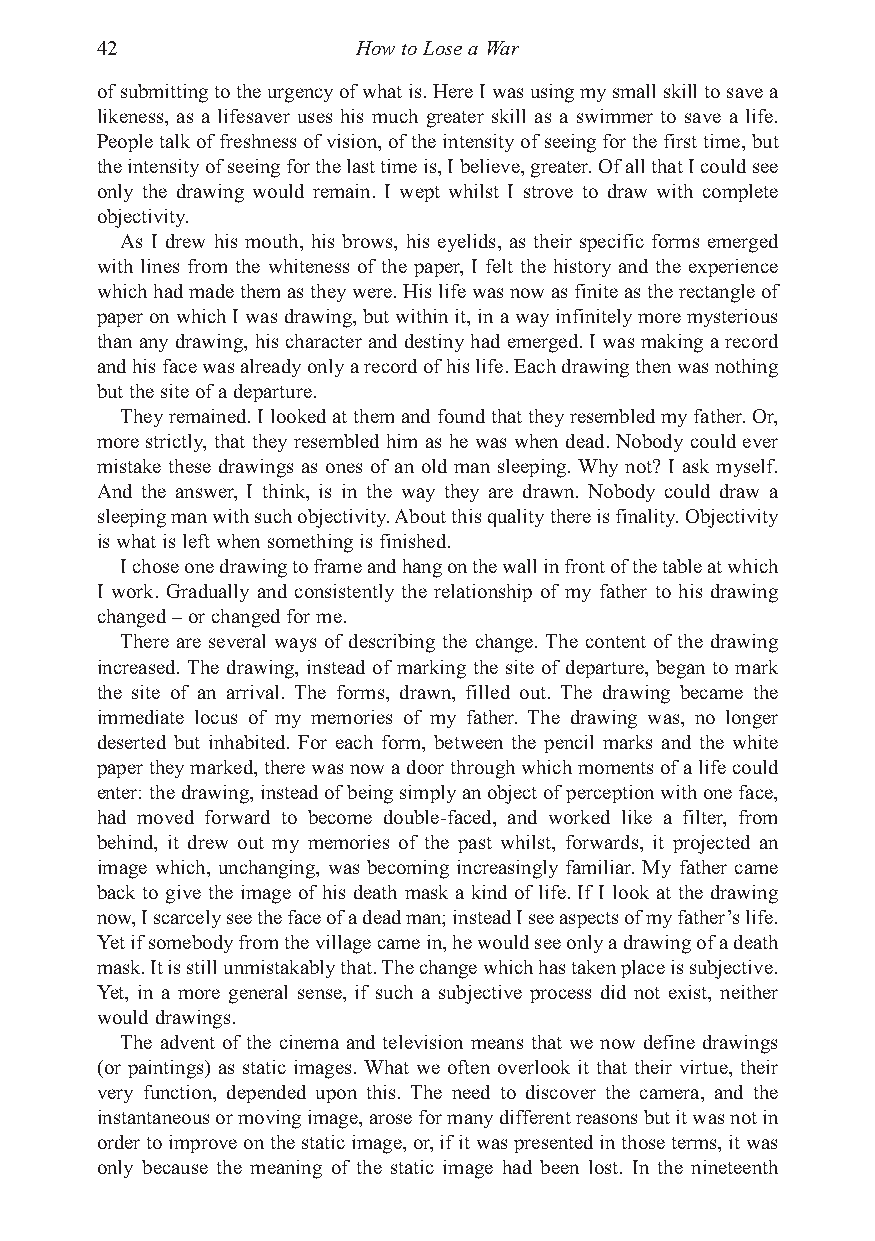
Berger 11/22/04 1:13 AM Page 42
 42                How to Lose a War
 of submitting to the urgency of what is. Here I was using my small skill to save a
 likeness, as a lifesaver uses his much greater skill as a swimmer to save a life.
 People talk of freshness of vision, of the intensity of seeing for the first time, but
 the intensity of seeing for the last time is, I believe, greater. Of all that I could see
 only the drawing would remain. I wept whilst I strove to draw with complete
 objectivity.
 As I drew his mouth, his brows, his eyelids, as their specific forms emerged
 with lines from the whiteness of the paper, I felt the history and the experience
 which had made them as they were. His life was now as finite as the rectangle of
 paper on which I was drawing, but within it, in a way infinitely more mysterious
 than any drawing, his character and destiny had emerged. I was making a record
 and his face was already only a record of his life. Each drawing then was nothing
 but the site of a departure.
 They remained. I looked at them and found that they resembled my father. Or,
 more strictly, that they resembled him as he was when dead. Nobody could ever
 mistake these drawings as ones of an old man sleeping. Why not? I ask myself.
 And the answer, I think, is in the way they are drawn. Nobody could draw a
 sleeping man with such objectivity. About this quality there is finality. Objectivity
 is what is left when something is finished.
 I chose one drawing to frame and hang on the wall in front of the table at which
 I work. Gradually and consistently the relationship of my father to his drawing
 changed – or changed for me.
 There are several ways of describing the change. The content of the drawing
 increased. The drawing, instead of marking the site of departure, began to mark
 the site of an arrival. The forms, drawn, filled out. The drawing became the
 immediate locus of my memories of my father. The drawing was, no longer
 deserted but inhabited. For each form, between the pencil marks and the white
 paper they marked, there was now a door through which moments of a life could
 enter: the drawing, instead of being simply an object of perception with one face,
 had moved forward to become double-faced, and worked like a filter, from
 behind, it drew out my memories of the past whilst, forwards, it projected an
 image which, unchanging, was becoming increasingly familiar. My father came
 back to give the image of his death mask a kind of life. If I look at the drawing
 now, I scarcely see the face of a dead man; instead I see aspects of my father’s life.
 Yet if somebody from the village came in, he would see only a drawing of a death
 mask. It is still unmistakably that. The change which has taken place is subjective.
 Yet, in a more general sense, if such a subjective process did not exist, neither
 would drawings.
 The advent of the cinema and television means that we now define drawings
 (or paintings) as static images. What we often overlook it that their virtue, their
 very function, depended upon this. The need to discover the camera, and the
 instantaneous or moving image, arose for many different reasons but it was not in
 order to improve on the static image, or, if it was presented in those terms, it was
 only because the meaning of the static image had been lost. In the nineteenth